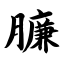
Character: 臁